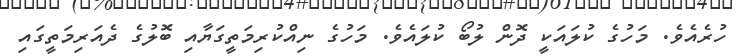
ހުރެއެވެ. މަހުގެ ކުލައަކީ ދޮން ލުބޯ ކުލައެވެ. މަހުގެ ނިއްކުރިމަތީގަޔާއި ބޮލުގެ ދެއަރިމަތީގައި